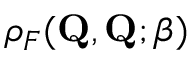
\rho _ { F } ( \mathbf { Q } , \mathbf { Q } ; \beta )